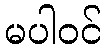
မပါဝင်